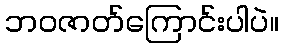
ဘဝဇာတ်ကြောင်းပါပဲ။